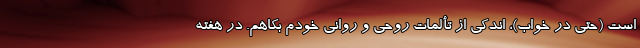
است (حتی در خواب)، اندکی از تألمات روحی و روانی خودم بکاهم. در هفته